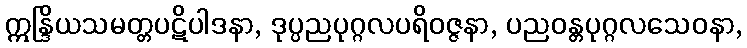
ဣန္ဒြိယသမတ္တပဋိပါဒနာ, ဒုပ္ပညပုဂ္ဂလပရိဝဇ္ဇနာ, ပညဝန္တပုဂ္ဂလသေဝနာ,